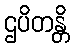
ဌပိတန္တိ